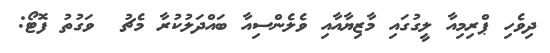
ދިވެހި ޕްރިމިއާ ލީގުގައި މާޒިޔާއާއި ވެލެންސިއާ ބައްދަލުކުރާ މެޗު  ވަގުތު ފޮޓޯ: